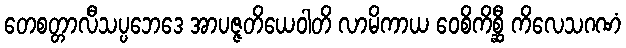
တေစတ္တာလီသပ္ပဘေဒေ အာပဇ္ဇတိယေဝါတိ လာမိကာယ ဝေစိကိစ္ဆီ ကိလေသဂဏံ